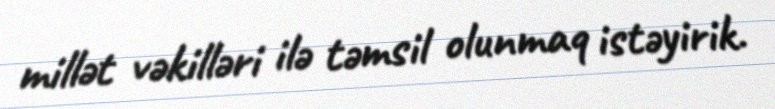
millət vəkilləri ilə təmsil olunmaq istəyirik.